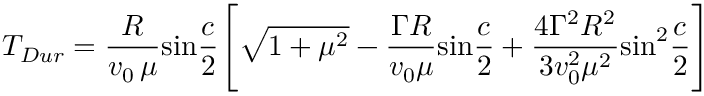
T _ { D u r } = { \frac { R } { v _ { 0 } \, \mu } } \mathrm { s i n } { \frac { c } { 2 } } \Bigg [ \sqrt { 1 + \mu ^ { 2 } } - { \frac { \Gamma R } { v _ { 0 } \mu } } \mathrm { s i n } { \frac { c } { 2 } } + { \frac { 4 \Gamma ^ { 2 } R ^ { 2 } } { 3 v _ { 0 } ^ { 2 } \mu ^ { 2 } } } \mathrm { s i n } ^ { 2 } { \frac { c } { 2 } } \Bigg ]